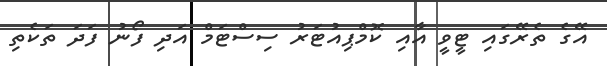
އޭގެ ތެރޭގައި ޓީވީ އާއި ކޮމްޕިއުޓަރު ސިސްޓަމް އަދި ފޯނު ފަދަ ތަކެތި